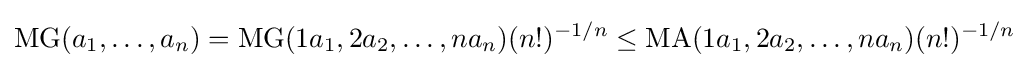
\mathrm {MG} (a_{1},\dots ,a_{n})=\mathrm {MG} (1a_{1},2a_{2},\dots ,na_{n})(n!)^{-1/n}\leq \mathrm {MA} (1a_{1},2a_{2},\dots ,na_{n})(n!)^{-1/n}